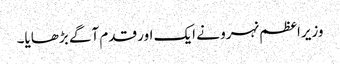
وزیراعظم نہرو نے ایک اور قدم آگے بڑھایا۔